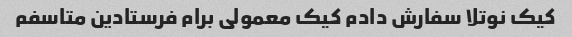
کیک نوتلا سفارش دادم کیک معمولی برام فرستادین متاسفم